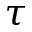
\tau